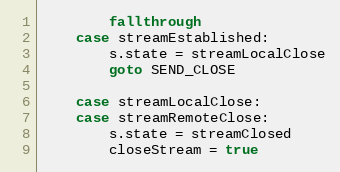
Language: Go
		fallthrough
	case streamEstablished:
		s.state = streamLocalClose
		goto SEND_CLOSE

	case streamLocalClose:
	case streamRemoteClose:
		s.state = streamClosed
		closeStream = true